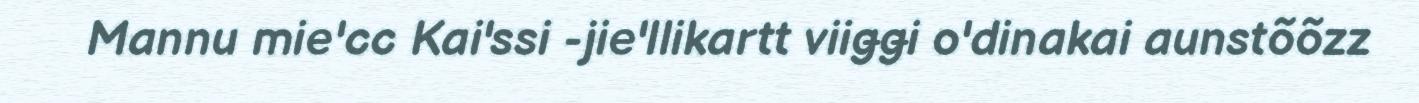
Mannu mie'cc Kai'ssi -jie'llikartt viiǥǥi o'dinakai aunstõõzz